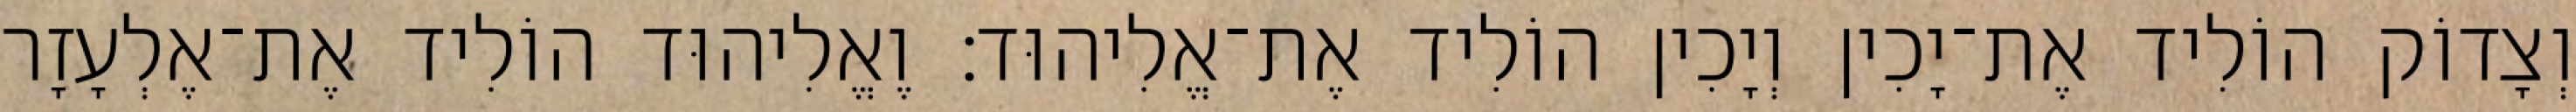
וְצָדוֹק הוֹלִיד אֶת־יָכִין וְיָכִין הוֹלִיד אֶת־אֱלִיהוּד׃ וֶאֱלִיהוּד הוֹלִיד אֶת־אֶלְעָזָר